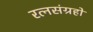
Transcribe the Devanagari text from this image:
रत्नसंग्रहों